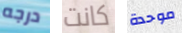
درجه كانت موحدة